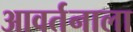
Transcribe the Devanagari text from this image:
आवर्तनाला